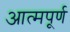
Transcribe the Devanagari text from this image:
आत्मपूर्ण